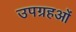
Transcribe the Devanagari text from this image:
उपग्रहओं